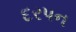
દરપન